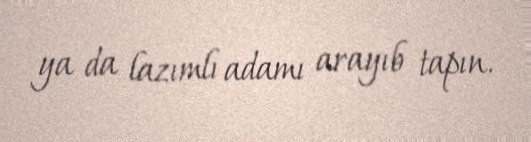
ya da lazımlı adamı arayıb tapın.